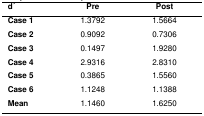
| d ́ | Pre | Post |
 | --- | --- | --- |
 | Case 1 | 1.3792 | 1.5664 |
 | Case 2 | 0.9092 | 0.7306 |
 | Case 3 | 0.1497 | 1.9280 |
 | Case 4 | 2.9316 | 2.8310 |
 | Case 5 | 0.3865 | 1.5560 |
 | Case 6 | 1.1248 | 1.1388 |
 | Mean | 1.1460 | 1.6250 |